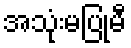
အသုံးမပြုမီ